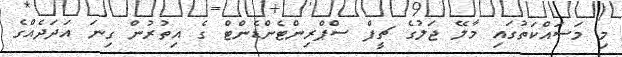
މި މަސައްކަތުގައި މާލޭ ޖަލުގެ ޗީފް ސްޕްރިންޓެންޑެންޓް ގެ އިތުރުން ގިނަ އަދަދެއްގެ